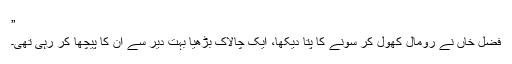
”
فضل خاں نے رومال کھول کر سونے کا پتا دیکھا، ایک چالاک بڑھیا بہت دیر سے ان کا پیچھا کر رہی تھی۔